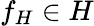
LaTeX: f_{H}\in H